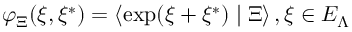
\varphi _ { \Xi } ( \xi , \xi ^ { * } ) = \left\langle \exp ( \xi + \xi ^ { * } ) \mid \Xi \right\rangle , \xi \in { \cal E } _ { \Lambda }